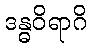
ဒန္ဓဝိရာဂိ